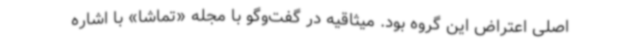
اصلی اعتراض این گروه بود. میثاقیه در گفت‌وگو با مجله «تماشا» با اشاره